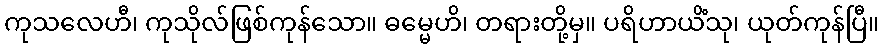
ကုသလေဟီ၊ ကုသိုလ်ဖြစ်ကုန်သော။ ဓမ္မေဟိ၊ တရားတို့မှ။ ပရိဟာယိံသု၊ ယုတ်ကုန်ပြီ။